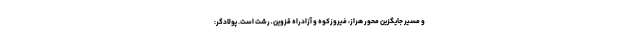
و مسیر جایگزین محور هراز، فیروزکوه و آزادراه قزوین ـ رشت است. پولادگر: